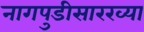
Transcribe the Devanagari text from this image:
नागपुडीसारख्या